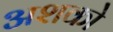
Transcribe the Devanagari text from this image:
अशको